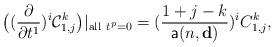
LaTeX: \begin{align*} \big((\frac{\partial}{\partial t^1})^i\mathcal{C}_{1,j}^k\big)|_{\mathrm{all}\ t^p=0} =(\frac{1+j-k}{\mathsf{a}(n,\mathbf{d})})^i C_{1,j}^k,\end{align*}